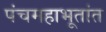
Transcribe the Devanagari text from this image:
पंचमहाभूतांत